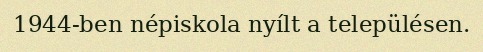
1944-ben népiskola nyílt a településen.